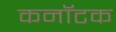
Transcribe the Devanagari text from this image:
कनॉटक